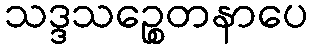
သဒ္ဒသဉ္စေတနာပေ